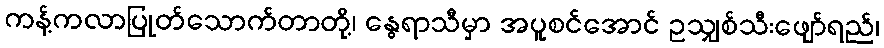
ကန့်ကလာပြုတ်သောက်တာတို့၊ နွေရာသီမှာ အပူစင်အောင် ဥသျှစ်သီးဖျော်ရည်၊